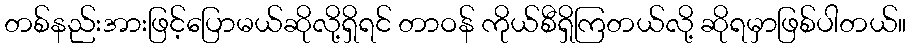
တစ်နည်းအားဖြင့်ပြောမယ်ဆိုလို့ရှိရင် တာဝန် ကိုယ်စီရှိကြတယ်လို့ ဆိုရမှာဖြစ်ပါတယ်။